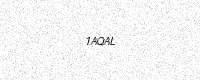
Text: 1AQAL